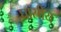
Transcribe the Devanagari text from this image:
घासीय